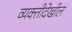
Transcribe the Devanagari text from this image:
व्यक्तीदेखील